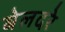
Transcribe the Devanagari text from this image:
बेलदरे